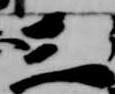
三